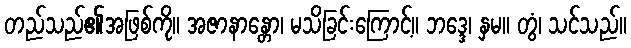
တည်သည်၏အဖြစ်ကို။ အဇာနာန္တော၊ မသိခြင်းကြောင့်။ ဘဒ္ဒေ၊ နှမ။ တွံ၊ သင်သည်။